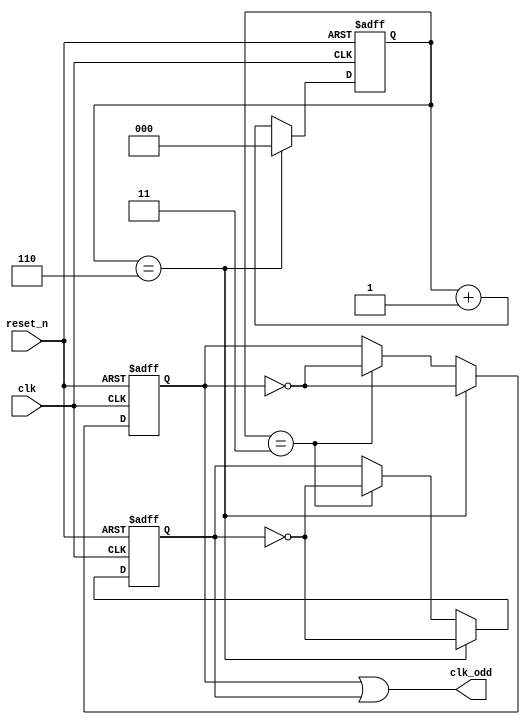
module freq_div_odd #(
	parameter num = 7,
	parameter log_num = 2
)
(
	input clk, reset_n,
	output clk_odd
);
reg clk_odd1, clk_odd2;
reg [log_num : 0] cnt1;

always@(posedge clk or negedge reset_n) begin
	if (!reset_n) begin 
		clk_odd1 <= 0;
		cnt1 <= 0;
	end
	else if (cnt1 == num - 1) begin
		clk_odd1 <= ~clk_odd1;
		cnt1 <= 0;
	end
	else if (cnt1 == num>>1) begin
		clk_odd1 <= ~clk_odd1;
		cnt1 <= cnt1 + 1;
	end
	else cnt1 <= cnt1 + 1;
end

always@(negedge clk or negedge reset_n) begin
	if (!reset_n) begin 
		clk_odd2 <= 0;
	end
	else if (cnt1 == num - 1) begin
		clk_odd2 <= ~clk_odd2;
	end
	else if (cnt1 == num>>1) begin
		clk_odd2 <= ~clk_odd2;
	end
end
assign clk_odd = clk_odd1 | clk_odd2;

endmodule